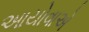
આયોવાએ